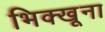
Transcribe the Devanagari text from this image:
भिक्खूना